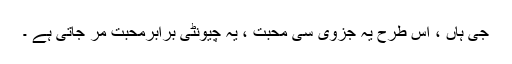
جی ہاں ، اس طرح یہ جزوی سی محبت ، یہ چیونٹی برابرمحبت مر جاتی ہے ۔